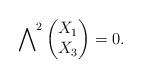
LaTeX: \begin{align*} \sideset{}{^2}\bigwedge \begin{pmatrix} X_1 \\ X_3 \end{pmatrix} = 0.\end{align*}